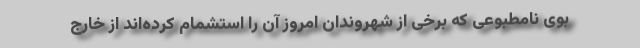
بوی نامطبوعی که برخی از شهروندان امروز آن را استشمام کرده‌اند از خارج